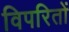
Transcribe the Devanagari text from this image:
विपरितों